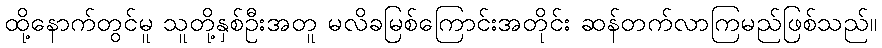
ထို့နောက်တွင်မူ သူတို့နှစ်ဦးအတူ မလိခမြစ်ကြောင်းအတိုင်း ဆန်တက်လာကြမည်ဖြစ်သည်။